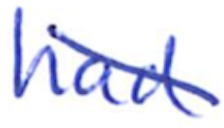
Text: had
Cross-out: diagonal
Writing tool: ballpoint